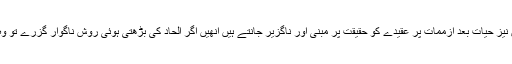
جو لوگ علی وجہ البصیرت خدا پر ایمان رکھتے ہیں، انبیا کی ضرورت کا ادراک رکھتے ہیں نیز حیات بعد ازممات پر عقیدے کو حقیقت پر مبنی اور ناگزیر جانتے ہیں انھیں اگر الحاد کی بڑھتی ہوئی روش ناگوار گزرے تو وہ پھر اہل مذہب کی ناگوار اور تکلیف دہ فکراور حرکت کی اصلاح کے لیے سنجیدہ فکر کریں۔